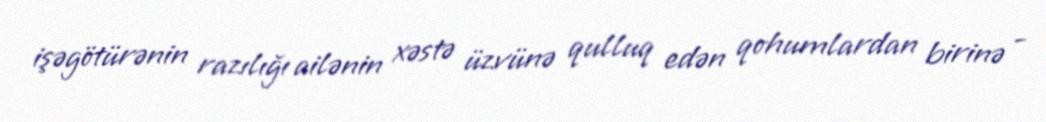
işəgötürənin razılığı ailənin xəstə üzvünə qulluq edən qohumlardan birinə -